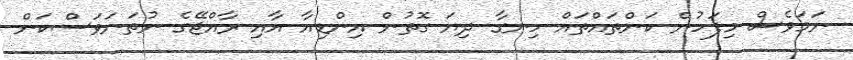
ނަމަވެސް މިފަހުން ކަންތައްތައް ހިނގާ ދިޔަ ގޮތުން އިންޑިއާ އާއި ރާއްޖޭގެ ނުތަނަވަސްކަން